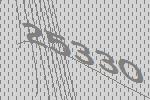
25330